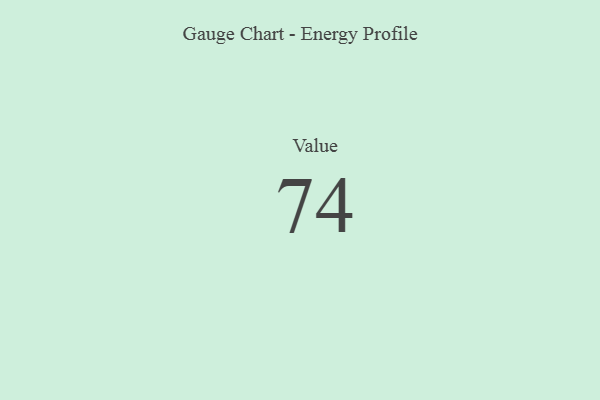
{"axis": {"x": "Metric", "y": "Value"}, "legend": [""], "data": [{"x": "Value", "y": 74, "type": ""}]}